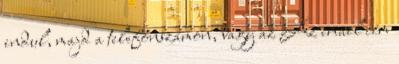
indul, majd a telefonszámon, vagy az Az email cím